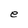
Character: e